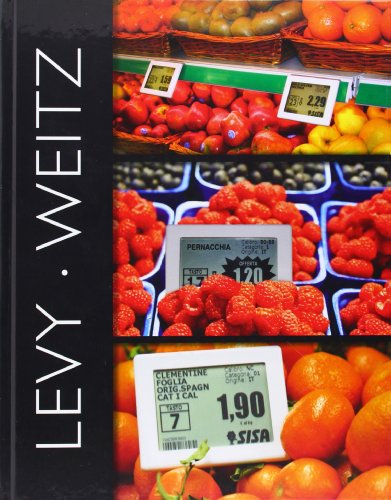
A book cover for Retailing Management; Michael Levy; Business & Money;